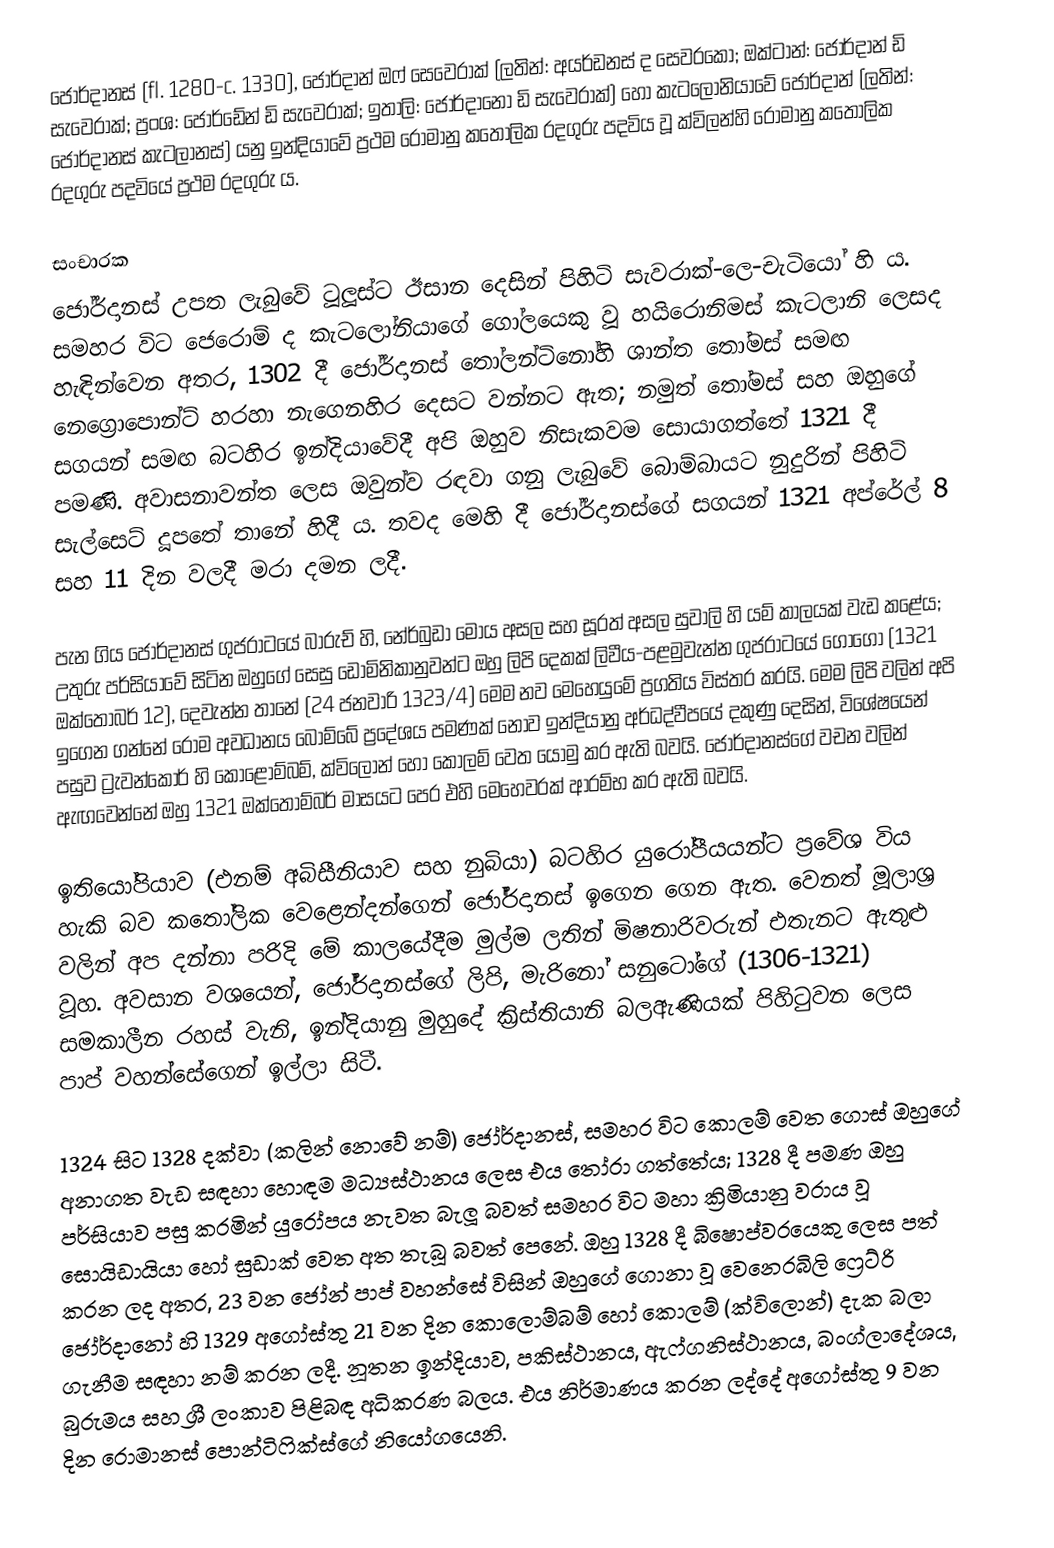
ජෝර්දානස් (fl. 1280-c. 1330), ජෝර්දාන් ඔෆ් සෙවෙරාක් (ලතින්: අයර්ඩනස් ද සෙවරකෝ; ඔක්ටාන්: ජෝර්දාන් ඩි සැවෙරාක්; ප්‍රංශ: ජෝර්ඩේන් ඩි සැවෙරාක්; ඉතාලි: ජෝර්දානෝ ඩි සැවෙරාක්) හෝ කැටලෝනියාවේ ජෝර්දාන් (ලතින්: ජෝර්දානස් කැටලානස්) යනු ඉන්දියාවේ ප්‍රථම රෝමානු කතෝලික රදගුරු පදවිය වූ ක්විලන්හි රෝමානු කතෝලික රදගුරු පදවියේ ප්‍රථම රදගුරු ය.

සංචාරක
ජෝර්දානස් උපත ලැබුවේ ටූලූස්ට ඊසාන දෙසින් පිහිටි සැවරාක්-ලෙ-චැටියෝ හි ය. සමහර විට ජෙරොම් ද කැටලෝනියාගේ ගෝලයෙකු වූ හයිරොනිමස් කැටලානි ලෙසද හැඳින්වෙන අතර, 1302 දී ජෝර්දානස් තෝලන්ටිනෝහි ශාන්ත තෝමස් සමඟ නෙග්‍රොපොන්ට් හරහා නැගෙනහිර දෙසට වන්නට ඇත; නමුත් තෝමස් සහ ඔහුගේ සගයන් සමඟ බටහිර ඉන්දියාවේදී අපි ඔහුව නිසැකවම සොයාගත්තේ 1321 දී පමණි. අවාසනාවන්ත ලෙස ඔවුන්ව රඳවා ගනු ලැබුවේ බොම්බායට නුදුරින් පිහිටි සැල්සෙට් දූපතේ තානේ හිදී ය. තවද මෙහි දී ජෝර්දානස්ගේ සගයන් 1321 අප්රේල් 8 සහ 11 දින වලදී මරා දමන ලදී.

පැන ගිය ජෝර්දානස් ගුජරාටයේ බාරුච් හි, නේර්බුඩා මෝය අසල සහ සූරත් අසල සුවාලි හි යම් කාලයක් වැඩ කළේය; උතුරු පර්සියාවේ සිටින ඔහුගේ සෙසු ඩොමිනිකානුවන්ට ඔහු ලිපි දෙකක් ලිවීය-පළමුවැන්න ගුජරාටයේ ගොගො (1321 ඔක්තෝබර් 12), දෙවැන්න තානේ (24 ජනවාරි 1323/4) මෙම නව මෙහෙයුමේ ප්‍රගතිය විස්තර කරයි. මෙම ලිපි වලින් අපි ඉගෙන ගන්නේ රෝම අවධානය බොම්බේ ප්‍රදේශය පමණක් නොව ඉන්දියානු අර්ධද්වීපයේ දකුණු දෙසින්, විශේෂයෙන් පසුව ට්‍රැවන්කෝර් හි කොළොම්බම්, ක්විලෝන් හෝ කොලම් වෙත යොමු කර ඇති බවයි. ජෝර්දානස්ගේ වචන වලින් ඇඟවෙන්නේ ඔහු 1321 ඔක්තෝම්බර් මාසයට පෙර එහි මෙහෙවරක් ආරම්භ කර ඇති බවයි.

ඉතියෝපියාව (එනම් අබිසීනියාව සහ නුබියා) බටහිර යුරෝපීයයන්ට ප්‍රවේශ විය හැකි බව කතෝලික වෙළෙන්දන්ගෙන් ජෝර්දානස් ඉගෙන ගෙන ඇත. වෙනත් මූලාශ්‍ර වලින් අප දන්නා පරිදි මේ කාලයේදීම මුල්ම ලතින් මිෂනාරිවරුන් එතැනට ඇතුළු වූහ. අවසාන වශයෙන්, ජෝර්දානස්ගේ ලිපි, මැරිනෝ සනුටෝගේ (1306-1321) සමකාලීන රහස් වැනි, ඉන්දියානු මුහුදේ ක්‍රිස්තියානි බලඇණියක් පිහිටුවන ලෙස පාප් වහන්සේගෙන් ඉල්ලා සිටී.

1324 සිට 1328 දක්වා (කලින් නොවේ නම්) ජෝර්දානස්, සමහර විට කොලම් වෙත ගොස් ඔහුගේ අනාගත වැඩ සඳහා හොඳම මධ්‍යස්ථානය ලෙස එය තෝරා ගත්තේය; 1328 දී පමණ ඔහු පර්සියාව පසු කරමින් යුරෝපය නැවත බැලූ බවත් සමහර විට මහා ක්‍රිමියානු වරාය වූ සොයිඩායියා හෝ සුඩාක් වෙත අත තැබූ බවත් පෙනේ. ඔහු 1328 දී බිෂොප්වරයෙකු ලෙස පත් කරන ලද අතර, 23 වන ජෝන් පාප් වහන්සේ විසින් ඔහුගේ ගොනා වූ වෙනෙරබිලි ෆ්‍රෙට්රි ජෝර්දානෝ හි 1329 අගෝස්තු 21 වන දින කොලොම්බම් හෝ කොලම් (ක්විලොන්) දැක බලා ගැනීම සඳහා නම් කරන ලදී. නූතන ඉන්දියාව, පකිස්ථානය, ඇෆ්ගනිස්ථානය, බංග්ලාදේශය, බුරුමය සහ ශ්‍රී ලංකාව පිළිබඳ අධිකරණ බලය. එය නිර්මාණය කරන ලද්දේ අගෝස්තු 9 වන දින රොමානස් පොන්ටිෆික්ස්ගේ නියෝගයෙනි.